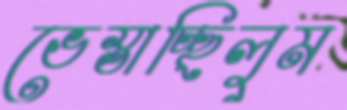
ভেস্তাচ্ছিলুম